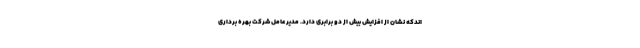
اندکه نشان از افزایش بیش از دو برابری دارد. مدیر عامل شرکت بهره برداری